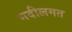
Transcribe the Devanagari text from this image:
नदीलगत